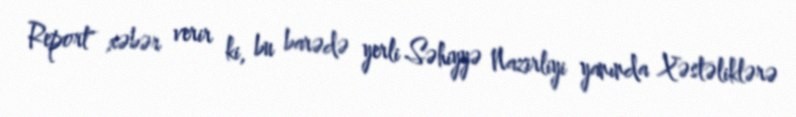
Report" xəbər verir ki, bu barədə yerli Səhiyyə Nazirliyi yanında Xəstəliklərə